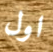
اول